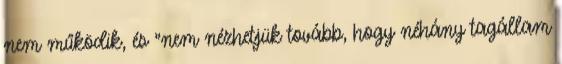
nem működik, és "nem nézhetjük tovább, hogy néhány tagállam